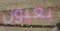
بعيون